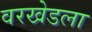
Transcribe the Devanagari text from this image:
वरखेडला